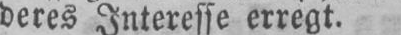
deres Interesse erregt.